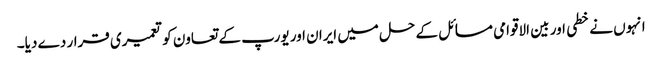
انہوں نے خطی اور بین الاقوامی مسائل کے حل میں ایران اور یورپ کے تعاون کو تعمیری قرار دے دیا۔